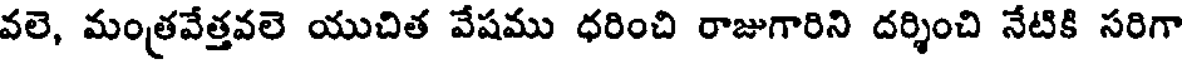
వలె, మంత్రవేత్తవలె యుచిత వేషము ధరించి రాజుగారిని దర్శించి నేటికి సరిగా